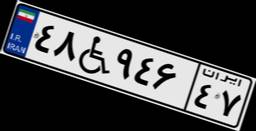
۴۸W۹۴۶۴۷